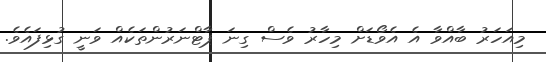
މިއަހަރު ބާއްވާ އެ އެވޯޑަށް މިހާރު ވެސް ގިނަ ޕާޓްނަރުންތަކެއް ވަނީ ގުޅިފައެވެ.